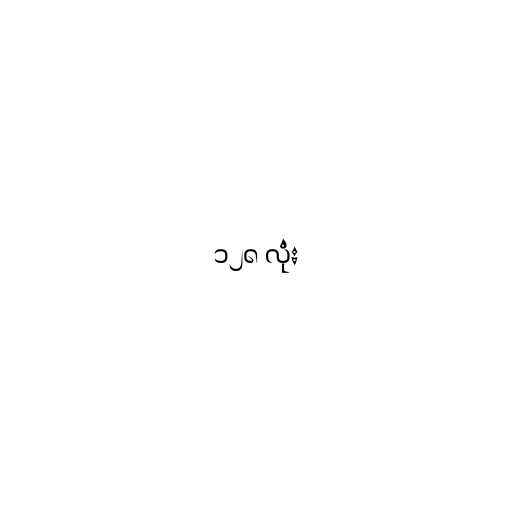
၁၂၈ လုံး